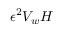
\epsilon ^ { 2 } V _ { w } H